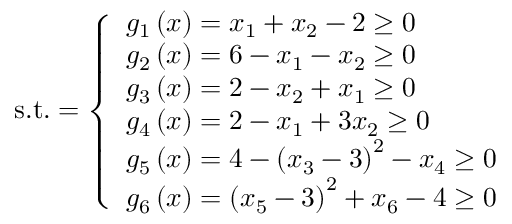
{ \mathrm { s . t . } } = { \left\{ \begin{array} { l l } { g _ { 1 } \left( { \boldsymbol { x } } \right) = x _ { 1 } + x _ { 2 } - 2 \geq 0 } \\ { g _ { 2 } \left( { \boldsymbol { x } } \right) = 6 - x _ { 1 } - x _ { 2 } \geq 0 } \\ { g _ { 3 } \left( { \boldsymbol { x } } \right) = 2 - x _ { 2 } + x _ { 1 } \geq 0 } \\ { g _ { 4 } \left( { \boldsymbol { x } } \right) = 2 - x _ { 1 } + 3 x _ { 2 } \geq 0 } \\ { g _ { 5 } \left( { \boldsymbol { x } } \right) = 4 - \left( x _ { 3 } - 3 \right) ^ { 2 } - x _ { 4 } \geq 0 } \\ { g _ { 6 } \left( { \boldsymbol { x } } \right) = \left( x _ { 5 } - 3 \right) ^ { 2 } + x _ { 6 } - 4 \geq 0 } \end{array} \right. }